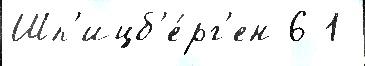
Шп'ицб'е́рг'ен 6 1